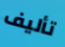
تأليف